Cholera in India, 1862 to 1881
Year: 1862
Disease focus: Cholera
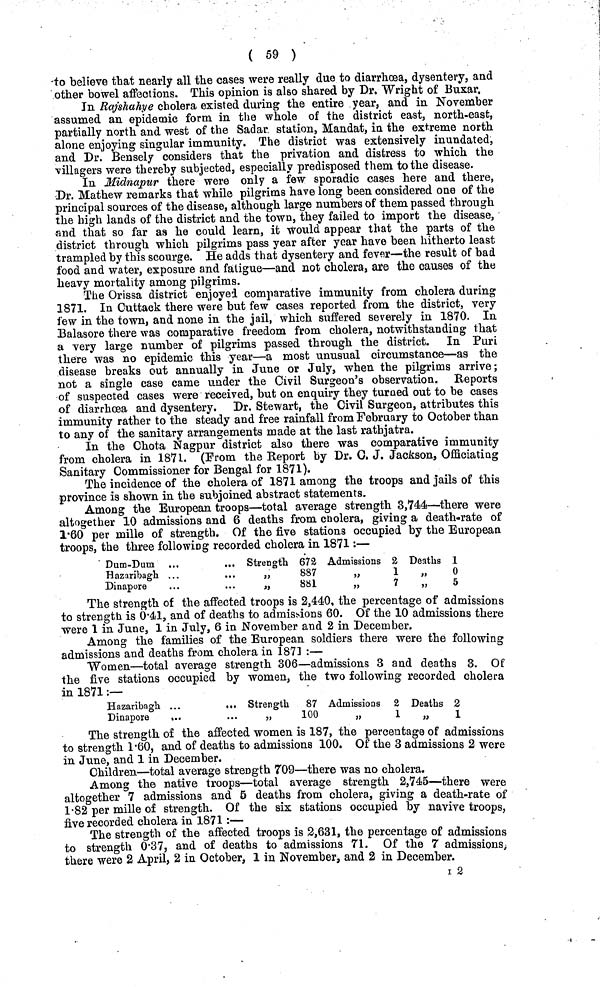
( 59 )
to believe that nearly all the cases were really due to diarrhoea, dysentery, and
other bowel affections. This opinion is also shared by Dr. Wright of Buxar.
In Rajshahye cholera existed during the entire year, and in November
assumed an epidemic form in the whole of the district east, north-east,
partially north and west of the Sadar station, Mandat, in the extreme north
alone enjoying singular immunity. The district was extensively inundated,
and Dr. Bensely considers that the privation and distress to which the
villagers were thereby subjected, especially predisposed them to the disease.
In Midnapur there were only a few sporadic cases here and there,
Dr. Mathew remarks that while pilgrims have long been considered one of the
principal sources of the disease, although large numbers of them passed through
the high lands of the district and the town, they failed to import the disease,
and that so far as he could learn, it would appear that the parts of the
district through which pilgrims pass year after year have been hitherto least
trampled by this scourge. He adds that dysentery and fever—the result of bad
food and water, exposure and fatigue—and not cholera, are the causes of the
heavy mortality among pilgrims.
The Orissa district enjoyed comparative immunity from cholera during
1871. In Outtack there were but few cases reported from the district, very
few in the town, and none in the jail, which suffered severely in 1870. In
Balasore there was comparative freedom from cholera, notwithstanding that
a very large number of pilgrims passed through the district. In Puri
there was no epidemic this year—a most unusual circumstance—as the
disease breaks out annually in June or July, when the pilgrims arrive;
not a single case came under the Civil Surgeon's observation. Reports
of suspected cases were received, but on enquiry they turned out to be cases
of diarrhoea and dysentery. Dr. Stewart, the Civil Surgeon, attributes this
immunity rather to the steady and free rainfall from February to October than
to any of the sanitary arrangements made at the last rathjatra.
In the Chota Nagpur district also there was comparative immunity
from cholera in 1871. (From the Report by Dr. C. J. Jackson, Officiating
Sanitary Commissioner for Bengal for 1871).
The incidence of the cholera of 1871 among the troops and jails of this
province is shown in the subjoined abstract statements.
Among the European troops—total average strength 3,744—there were
altogether 10 admissions and 6 deaths from cholera, giving a death-rate of
1·60 per mille of strength. Of the five stations occupied by the European
troops, the three following recorded cholera in 1871:—
Dum-Dum ...
...
Hazaribagh ...
Dinapore
Strength 672
887
881
Admissions 2
1
7
Deaths 1
o
5
The strength of the affected troops is 2,440, the percentage of admissions
to strength is 0·41, and of deaths to admissions 60. Of the 10 admissions there
were 1 in June, 1 in July, 6 in November and 2 in December.
Among the families of the European soldiers there were the following
admissions and deaths from cholera in 1871 :—
Women—total average strength 306—admissions 3 and deaths 3. Of
the five stations occupied by women, the two following recorded cholera
in 1871:—
Hazaribagh. ...
...
Dinapore
...
Strength
87
100
Admissions 2
1
Deaths 2
1
The strength of the affected women is 187, the percentage of admissions
to strength 1·60, and of deaths to admissions 100. Of the 3 admissions 2 were
in June, and 1 in December.
Children.—total average strength 709—there was no cholera.
Among the native troops—total average strength 2,745—there were
altogether 7 admissions and 6 deaths from cholera, giving a death-rate of
1·82 per mille of strength. Of the six stations occupied by navive troops,
five recorded cholera in 1871:—
The strength of the affected troops is 2,631, the percentage of admissions
to strength 0·37, and of deaths to admissions 71. Of the 7 admissions,
there were 2 April, 2 in October, 1 in November, and 2 in December.
I 2